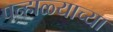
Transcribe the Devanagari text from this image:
पन्हाळ्याच्या